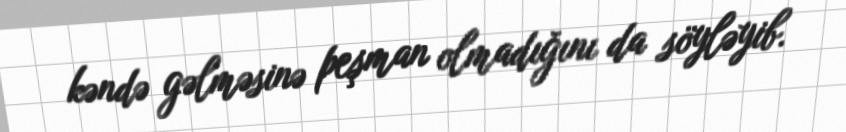
kəndə gəlməsinə peşman olmadığını da söyləyib.